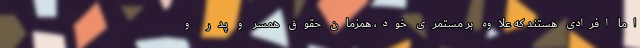
اما افرادی هستند که علاوه بر مستمری خود، همزمان حقوق همسر و پدر و